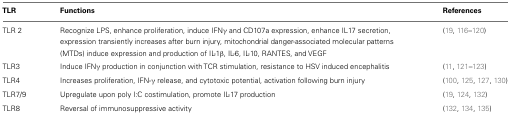
| TLR | Functions | References |
 | --- | --- | --- |
 | TLR 2 | Recognize LPS, enhance proliferation, induce IFNγ and CD107a expression, enhance IL17 secretion, expression transiently increases after burn injury, mitochondrial danger-associated molecular patterns (MTDs) induce expression and production of IL-1β, IL-6, IL-10, RANTES, and VEGF | (19, 116–120) |
 | TLR3 | Induce IFNγ production in conjunction with TCR stimulation, resistance to HSV induced encephalitis | (11, 121–123) |
 | TLR4 | Increases proliferation, IFN-γ release, and cytotoxic potential, activation following burn injury | (100, 125, 127, 130) |
 | TLR7/9 | Upregulate upon poly I:C costimulation, promote IL-17 production | (19, 124, 132) |
 | TLR8 | Reversal of immunosuppressive activity | (132, 134, 135) |